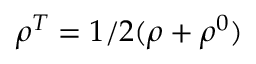
\rho ^ { T } = 1 / 2 ( \rho + \rho ^ { 0 } )